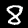
Digit: 8